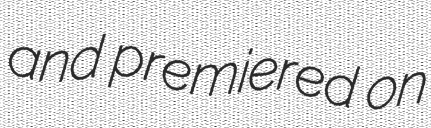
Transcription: and premiered on